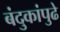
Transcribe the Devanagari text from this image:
बंदुकांपुढे